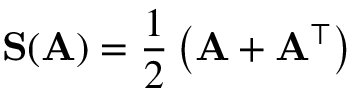
\mathbf { S } ( \mathbf { A } ) = \frac { 1 } { 2 } \left( \mathbf { A } + \mathbf { A } ^ { \top } \right)